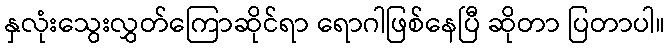
နှလုံးသွေးလွှတ်ကြောဆိုင်ရာ ရောဂါဖြစ်နေပြီ ဆိုတာ ပြတာပါ။